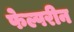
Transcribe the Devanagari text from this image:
फेल्परीन